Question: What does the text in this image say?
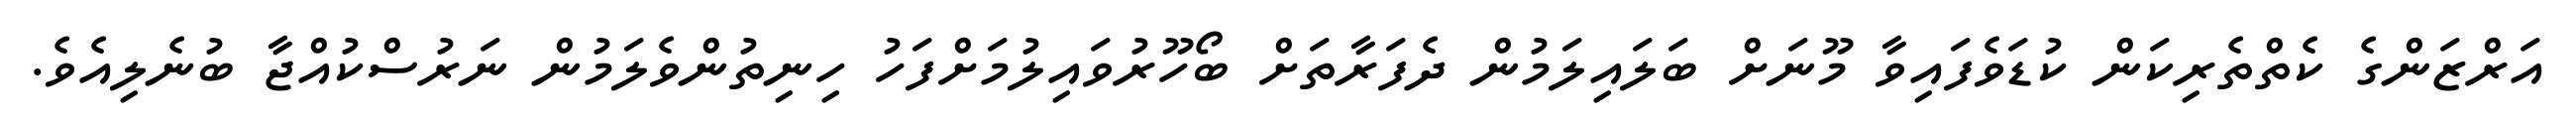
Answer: އަރްޒަންގެ ކެތްތެރިކަން ކުޑަވެފައިވާ މޫނަށް ބަލައިލަމުން ދެފަރާތަށް ބޯހޫރުވައިލުމަށްފަހު ހިނިތުންވެލަމުން ނަރުސްކުއްޖާ ބުނެލިއެވެ.